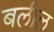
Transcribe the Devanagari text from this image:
बलील